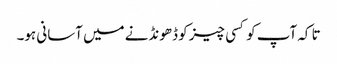
تا کہ آپ کو کسی چیز کو ڈھونڈنے میں آسانی ہو۔